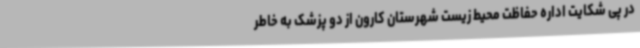
در پی شکایت اداره حفاظت محیط زیست شهرستان کارون از دو پزشک به خاطر